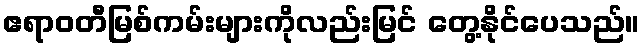
ဧရာဝတီမြစ်ကမ်းများကိုလည်းမြင် တွေ့နိုင်ပေသည်။